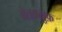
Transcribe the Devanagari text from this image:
बेतकल्लुफ़